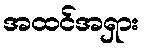
အထင်အရှား